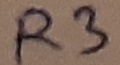
Text: R3